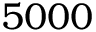
5 0 0 0